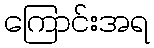
ကြောင်းအရ